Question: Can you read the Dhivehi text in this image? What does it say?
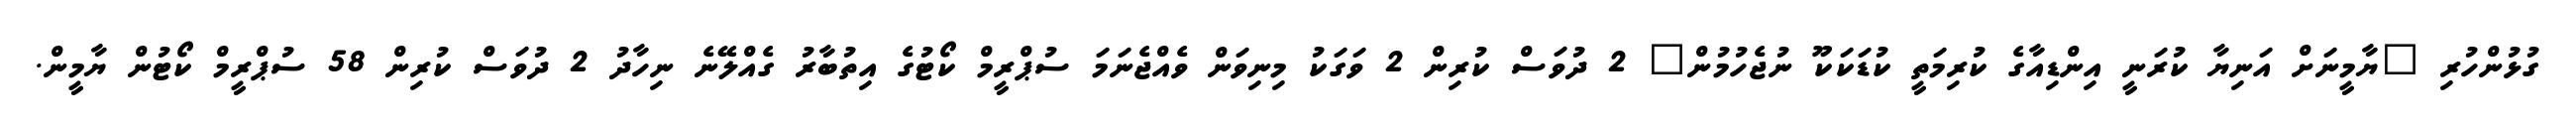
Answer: ގުޅުންހުރި "ޔާމީނަށް އަނިޔާ ކުރަނީ އިންޑިއާގެ ކުރިމަތީ ކުޑަކަކޫ ނުޖެހުމުން" 2 ދުވަސް ކުރިން 2 ވަގަކު މިނިވަން ވެއްޖެނަމަ ސުޕްރީމް ކޯޓުގެ އިތުބާރު ގެއްލޭނެ ނިހާދު 2 ދުވަސް ކުރިން 58 ސުޕްރީމް ކޯޓުން ޔާމީން.